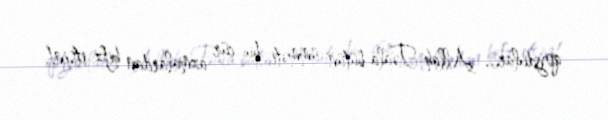
qoydular... Allah Təala bütün ümməti bu cür azmalardan hifz etsin!.